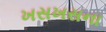
ખસખસના